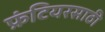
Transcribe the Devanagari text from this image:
फ्रंटियरसाठी